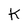
Character: k